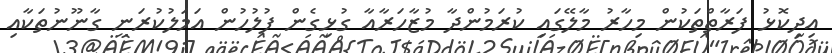
އިދިކޮޅު ފަރާތްތަކުން މިހާރު މާލޭގައި ކުރަމުންދާ މުޒާހަރާއާ ގުޅިގެން ފުލުހުން އަމަލުކުރަނީ ގާނޫނުތަކާއި